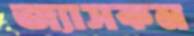
জ্যাসকন